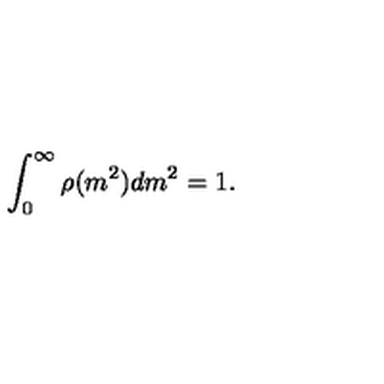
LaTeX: \int _ { 0 } ^ { \infty } \rho ( m ^ { 2 } ) d m ^ { 2 } = 1 .